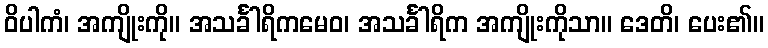
ဝိပါကံ၊ အကျိုးကို။ အသင်္ခါရိကမေဝ၊ အသင်္ခါရိက အကျိုးကိုသာ။ ဒေတိ၊ ပေး၏။